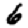
Digit: 6